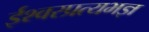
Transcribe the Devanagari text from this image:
ईश्वरप्रत्यभज्ञ